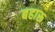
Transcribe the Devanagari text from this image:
बहारू